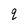
Character: q